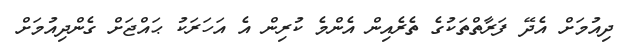
ދިއުމަށް އެދޭ ފަރާތްތަކުގެ ތެރެއިން އެންމެ ކުރިން އެ އަހަރަކު ޙައްޖަށް ގެންދިއުމަށް